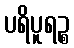
ပရိပူရဉ္စ